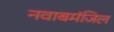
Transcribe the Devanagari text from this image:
नवाबमंजिल